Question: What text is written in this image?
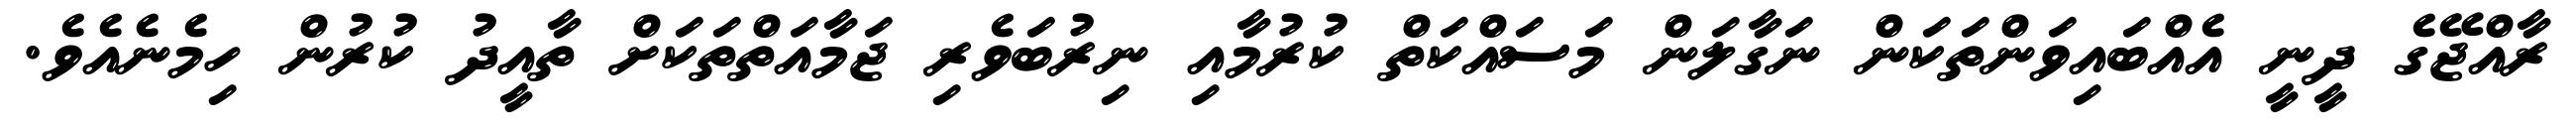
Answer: ރާއްޖޭގެ ދީނީ އެއްބައިވަންތަކަން ނަގާލަން މަސައްކަތް ކުރުމާއި ނިރުބަވެރި ޖަމާއަތްތަކަށް ތާއީދު ކުރުން ހިމެނެއެވެ.